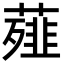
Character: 薤